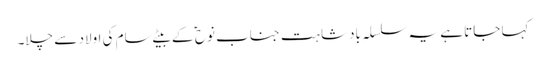
کہا جاتا ہے یہ سلسلہِ بادشاہت جناب نوح ؑ کے بیٹے سام کی اولاد سے چلا۔